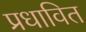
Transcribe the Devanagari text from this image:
प्रधावित